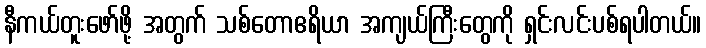
နီကယ်တူးဖော်ဖို့ အတွက် သစ်တောဧရိယာ အကျယ်ကြီးတွေကို ရှင်းလင်းပစ်ရပါတယ်။